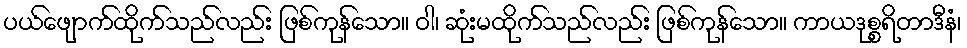
ပယ်ဖျောက်ထိုက်သည်လည်း ဖြစ်ကုန်သော။ ဝါ၊ ဆုံးမထိုက်သည်လည်း ဖြစ်ကုန်သော။ ကာယဒုစ္စရိတာဒီနံ၊